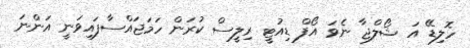
ހޮލިޑޭ އަ ޝޯލްޖާ ނެވަ އޯފް ޑިއުޓީ ރިލީސް ކުރަން ހަމަޖައްސާފައިވަނީ އަންނަ